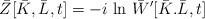
LaTeX: \begin{align*}\bar{Z} [ \bar{K} , \bar{L} ,t] = -i\mbox{ ln }\bar{W} ^\prime [ \bar{K} .\bar{L},t] \end{align*}